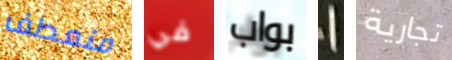
منعطف في بواب 1 تجارية